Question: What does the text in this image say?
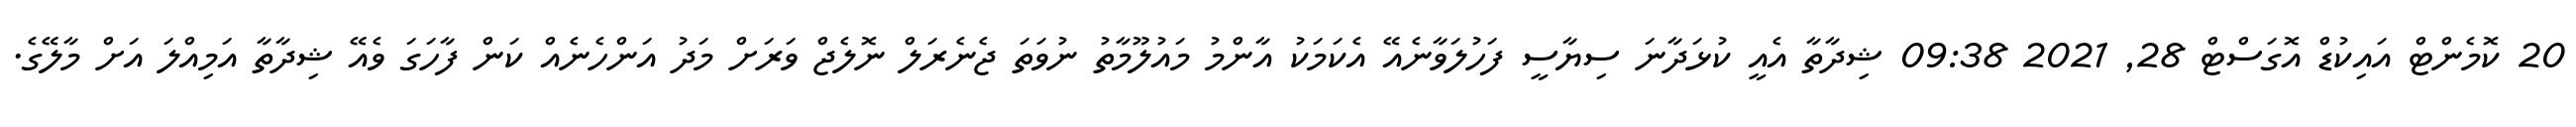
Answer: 20 ކޮމެންޓް އައިކުޑް އޮގަސްޓް 28, 2021 09:38 ޝިދާތާ އެއީ ކުޅަދާނަ ސިޔާސީ ފަހުލަވާނެއޭ އެކަމަކު އާންމު މައުލޫމާތު ނުވަތަ ޖެނެރަލް ނޮލެޖް ވަރަށް މަދު އަންހެނެއް ކަން ފާހަގަ ވެއޭ ޝިދާތާ އަމިއްލަ އަށް މާލޭގެ.